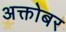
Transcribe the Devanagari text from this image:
अक्तोबर